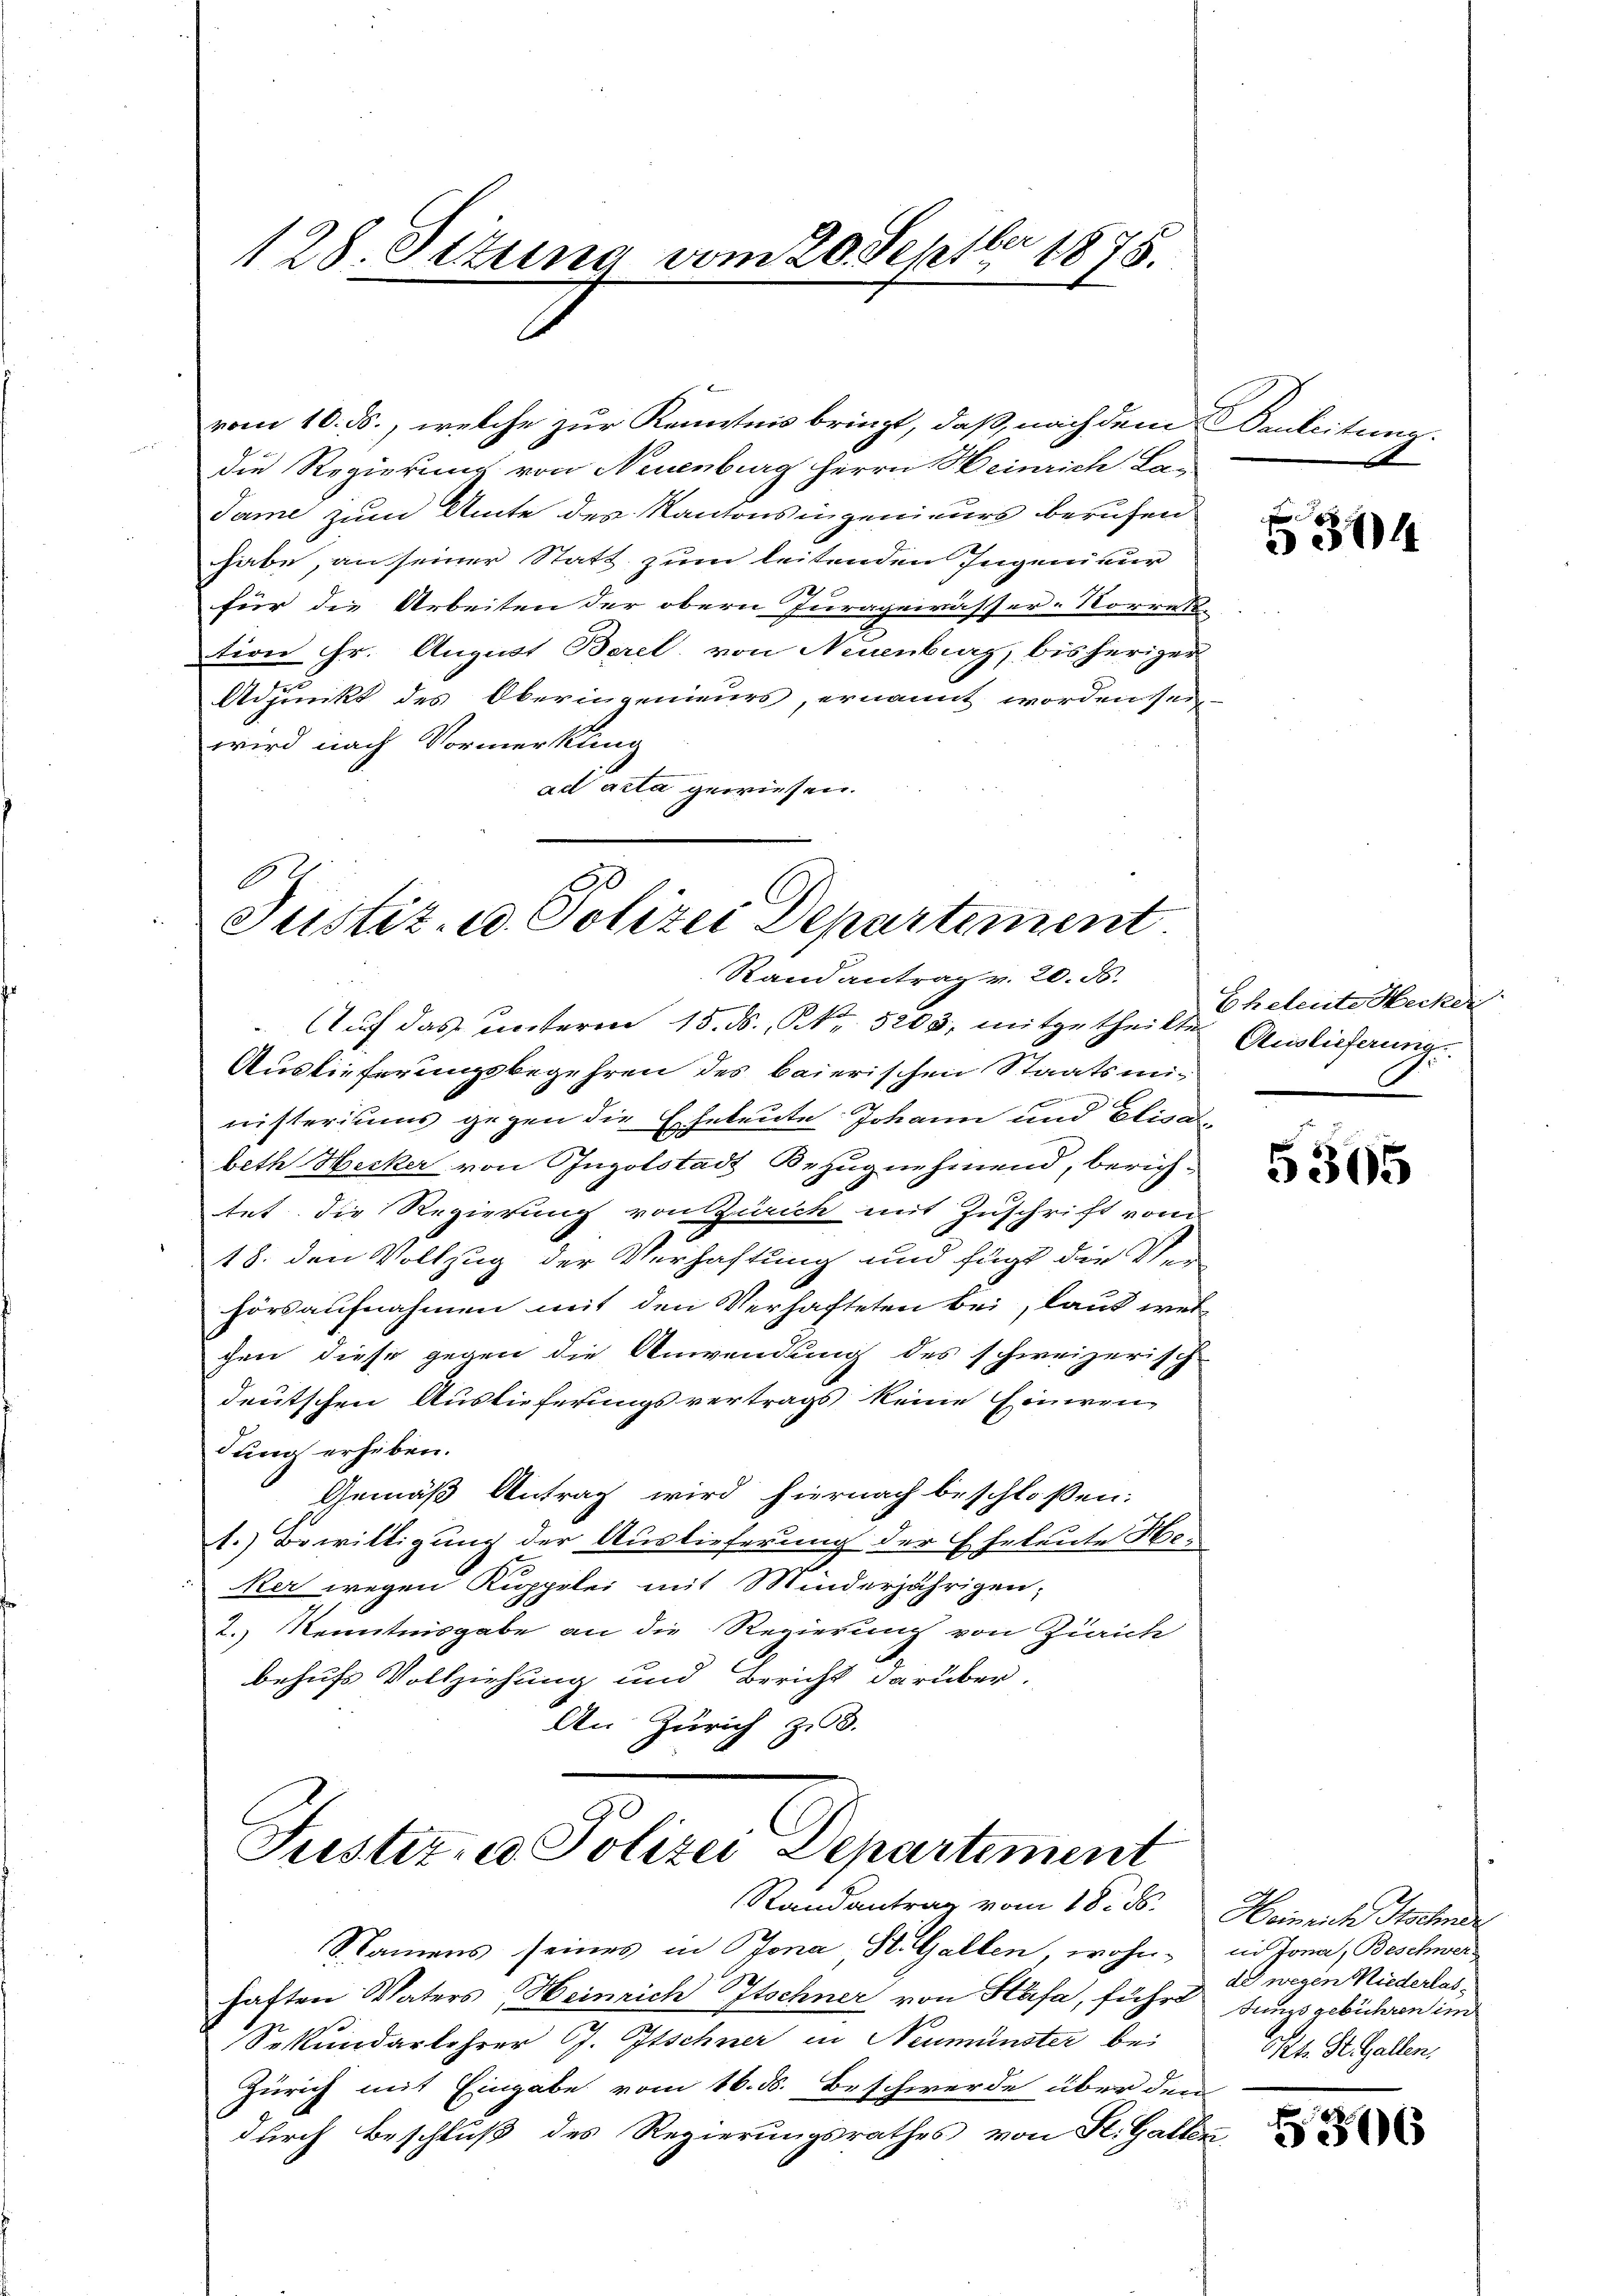
128. Setung vom 20. Septbr 1875.

vom 10. ds., welche zur Kenntnis bringt, daß, nach dem anleitung
die Regierung von Neuenburg Herrn Heinrich La-
Jame zum Amte des Kantonsingenieurs berufen
habe, an seiner Statt zum leitenden Ingenieur
2
für die Arbeiten der obern Jurageirässer-Korres-
tion Hr. August Berel, von Neuenburg, bisheriger
Adjunkt des Oberingenieurs, ernannt worden sein
wird nach Vormerkung
ad acta gewiesen.
C
90

Justiz- u. Polizei Departement
Randantrag v. 20. ds.

Aŭf das ŭnterm 15. ds., Nr. 5203, mitgetheilt u Beleute Hecker
Auslieferungsbegehren des baierischen Staatsministeriums gegen die Eheleute Johann und Elisabeth Hecker von Ingolstadt Bezugnehmend, berich-
tet die Regierung von Zürich mit Zuschrift vom
18. den Vollzug der Verhaftung und fügt die Ver-
hörsaufnahmen mit den Verhafteten bei, laut wel
chen diese gegen die Anwendung des schweizerisch
deutschen Auslieferungsvertrags keine Einwen-
dung erheben.
Gemäß Antrag wird hiernach beschloßen:
1.) Bewilligung der Auslieferung der Eheleute Heker wegen Kuppelei mit Minderjährigen;
2.) Kenntnisgabe an die Regierung von Zürich
behufs Vollziehung und Bericht darüber.
An Zürich zu 3.
Justiz u. Polizei Departement
Randantrag vom 18. ds. Heinrich schne
SSamens seines in Bona H. Gallen, wohn-
haften Vaters Heinrich Itschner von Häfa, führt
Sekundarlehrer G. Itschner in Neumünster bei
Zürich mit Eingabe vom 16. ds. Beschwerde über den
durch Beschluß des Regierungsrathes von St. Gallen

314

Auslieferung.

5305

in Jona, Beschwere
de wegen Niederlas¬
Jungsgebühren im
Pkt. St. Gallen,

316